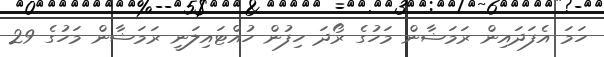
ހަމަ އެފަދައިން ރަމަޟާން މަހުގެ ރޯދަ ހިފުން ހުއްޓައިލަނީ ރަމަޟާން މަހުގެ 29